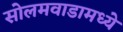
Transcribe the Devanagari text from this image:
सोलमवाडामध्ये